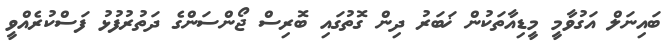
ބައިނަލް އަގުވާމީ މީޑިއާތަކުން ޚަބަރު ދިން ގޮތުގައި ބޮރިސް ޖޯންސަންގެ ދަތުރުފުޅު ފަސްކުރެއްވީ